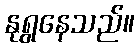
နုရွနေသည်။